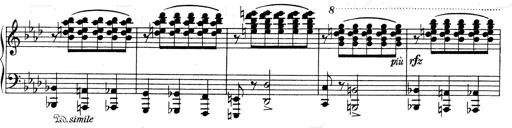
Title: Weinen, Klagen, Sorgen, Zagen
Composer: Franz Liszt